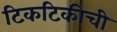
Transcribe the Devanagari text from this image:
टिकटिकीची